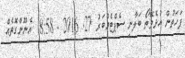
ފަހަތުން އުޅެވޭތޯ ބަލާނި ސެޕްޓެމްބަރު 27